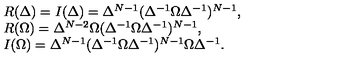
\begin{array} { l } { R ( \Delta ) = I ( \Delta ) = \Delta ^ { N - 1 } ( \Delta ^ { - 1 } \Omega \Delta ^ { - 1 } ) ^ { N - 1 } , } \\ { R ( \Omega ) = \Delta ^ { N - 2 } \Omega ( \Delta ^ { - 1 } \Omega \Delta ^ { - 1 } ) ^ { N - 1 } , } \\ { I ( \Omega ) = \Delta ^ { N - 1 } ( \Delta ^ { - 1 } \Omega \Delta ^ { - 1 } ) ^ { N - 1 } \Omega \Delta ^ { - 1 } . } \\ \end{array}